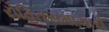
રોહિતસમાચારો